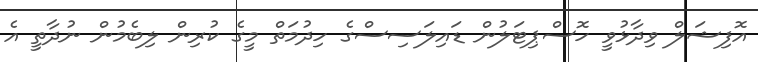
އޮފިޝަލް ވިދާޅުވީ ހޮސްޕިޓަލުން ޑައިލަސިސްގެ ހިދުމަތް މީގެ ކުރިން ލިބެމުން ނުދާތީ އެ